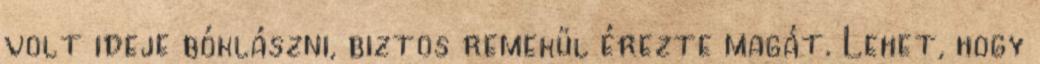
volt ideje bóklászni, biztos remekül érezte magát. Lehet, hogy